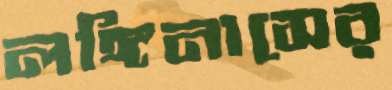
লঙ্গিনাসের